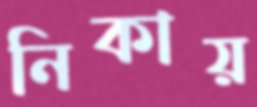
নিকায়